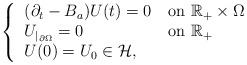
LaTeX: \begin{align*}\left\{\begin{tabular}{ll}$(\partial _{t}-B_a)U(t)=0$ & on $\mathbb{R}_{+}\times \Omega $ \\$U_{|_{\partial \Omega }}=0$ & on $\mathbb{R}_{+}$ \\$U(0)=U_{0}\in \mathcal H,$ &\end{tabular}\right.\end{align*}